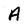
Character: A